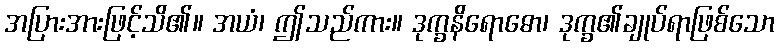
အပြားအားဖြင့်သိ၏။ အယံ၊ ဤသည်ကား။ ဒုက္ခနိရောဓော၊ ဒုက္ခ၏ချုပ်ရာဖြစ်သော